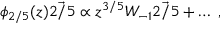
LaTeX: \phi _ { 2 / 5 } ( z ) \vec { 2 / 5 } \propto z ^ { 3 / 5 } W _ { - 1 } \vec { 2 / 5 } + \ldots \; ,